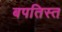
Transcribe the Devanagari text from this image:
बपतिस्त